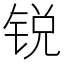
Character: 锐